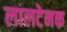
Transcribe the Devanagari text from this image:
लालटेनक